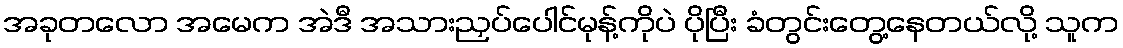
အခုတလော အမေက အဲဒီ အသားညှပ်ပေါင်မုန့်ကိုပဲ ပိုပြီး ခံတွင်းတွေ့နေတယ်လို့ သူက